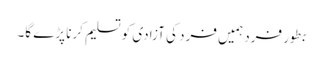
بطور فرد ہمیں فرد کی آزادی کو تسلیم کرنا پڑے گا۔